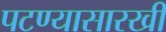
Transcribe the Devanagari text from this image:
पटण्यासारखी